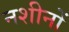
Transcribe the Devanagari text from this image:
नशीनों